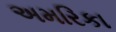
અમરિકા